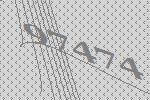
97474